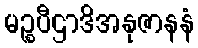
မဉ္စပီဌာဒိအနုဇာနနံ